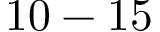
1 0 - 1 5